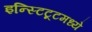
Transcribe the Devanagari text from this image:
इन्स्टिटूटमध्ये